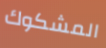
المشكوك